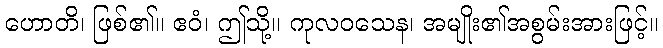
ဟောတိ၊ ဖြစ်၏။ ဧဝံ၊ ဤသို့။ ကုလဝသေန၊ အမျိုး၏အစွမ်းအားဖြင့်။